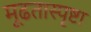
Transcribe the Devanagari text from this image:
मूढतास्पृष्टा